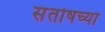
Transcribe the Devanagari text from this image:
संतोषच्या